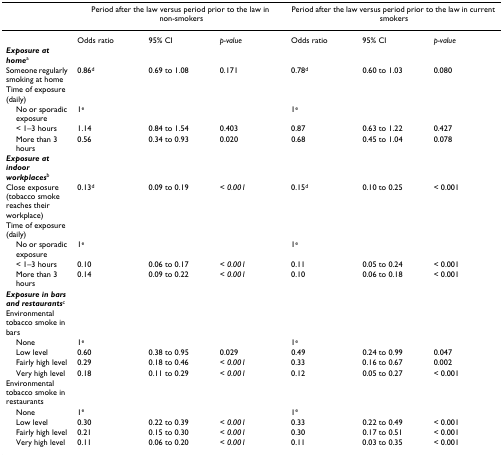
<table><thead><tr><td></td><td colspan="3"><b>Period after the law versus period prior to the law in non-smokers</b></td><td colspan="3"><b>Period after the law versus period prior to the law in current smokers</b></td></tr></thead><tbody><tr><td></td><td>Odds ratio</td><td>95% CI</td><td><i>p-value</i></td><td>Odds ratio</td><td>95% CI</td><td><i>p-value</i></td></tr><tr><td><b><i>Exposure at home</i></b><sup>a</sup></td><td></td><td></td><td></td><td></td><td></td><td></td></tr><tr><td>Someone regularly smoking at home</td><td>0.86<sup>d</sup></td><td>0.69 to 1.08</td><td>0.171</td><td>0.78<sup>d</sup></td><td>0.60 to 1.03</td><td>0.080</td></tr><tr><td>Time of exposure (daily)</td><td></td><td></td><td></td><td></td><td></td><td></td></tr><tr><td> No or sporadic exposure</td><td>1<sup>e</sup></td><td></td><td></td><td>1<sup>e</sup></td><td></td><td></td></tr><tr><td> &lt; 1–3 hours</td><td>1.14</td><td>0.84 to 1.54</td><td>0.403</td><td>0.87</td><td>0.63 to 1.22</td><td>0.427</td></tr><tr><td> More than 3 hours</td><td>0.56</td><td>0.34 to 0.93</td><td>0.020</td><td>0.68</td><td>0.45 to 1.04</td><td>0.078</td></tr><tr><td><b><i>Exposure at indoor workplaces</i></b><sup>b</sup></td><td></td><td></td><td></td><td></td><td></td><td></td></tr><tr><td>Close exposure (tobacco smoke reaches their workplace)</td><td>0.13<sup>d</sup></td><td>0.09 to 0.19</td><td><i>&lt; 0.001</i></td><td>0.15<sup>d</sup></td><td>0.10 to 0.25</td><td>&lt; 0.001</td></tr><tr><td>Time of exposure (daily)</td><td></td><td></td><td></td><td></td><td></td><td></td></tr><tr><td> No or sporadic exposure</td><td>1<sup>e</sup></td><td></td><td></td><td>1<sup>e</sup></td><td></td><td></td></tr><tr><td> &lt; 1–3 hours</td><td>0.10</td><td>0.06 to 0.17</td><td><i>&lt; 0.001</i></td><td>0.11</td><td>0.05 to 0.24</td><td>&lt; 0.001</td></tr><tr><td> More than 3 hours</td><td>0.14</td><td>0.09 to 0.22</td><td><i>&lt; 0.001</i></td><td>0.10</td><td>0.06 to 0.18</td><td>&lt; 0.001</td></tr><tr><td><b><i>Exposure in bars and restaurants</i></b><sup>c</sup></td><td></td><td></td><td></td><td></td><td></td><td></td></tr><tr><td>Environmental tobacco smoke in bars</td><td></td><td></td><td></td><td></td><td></td><td></td></tr><tr><td> None</td><td>1<sup>e</sup></td><td></td><td></td><td>1<sup>e</sup></td><td></td><td></td></tr><tr><td> Low level</td><td>0.60</td><td>0.38 to 0.95</td><td>0.029</td><td>0.49</td><td>0.24 to 0.99</td><td>0.047</td></tr><tr><td> Fairly high level</td><td>0.29</td><td>0.18 to 0.46</td><td><i>&lt; 0.001</i></td><td>0.33</td><td>0.16 to 0.67</td><td>0.002</td></tr><tr><td> Very high level</td><td>0.18</td><td>0.11 to 0.29</td><td><i>&lt; 0.001</i></td><td>0.12</td><td>0.05 to 0.27</td><td>&lt; 0.001</td></tr><tr><td>Environmental tobacco smoke in restaurants</td><td></td><td></td><td></td><td></td><td></td><td></td></tr><tr><td> None</td><td>1<sup>e</sup></td><td></td><td></td><td>1<sup>e</sup></td><td></td><td></td></tr><tr><td> Low level</td><td>0.30</td><td>0.22 to 0.39</td><td><i>&lt; 0.001</i></td><td>0.33</td><td>0.22 to 0.49</td><td>&lt; 0.001</td></tr><tr><td> Fairly high level</td><td>0.21</td><td>0.15 to 0.30</td><td><i>&lt; 0.001</i></td><td>0.30</td><td>0.17 to 0.51</td><td>&lt; 0.001</td></tr><tr><td> Very high level</td><td>0.11</td><td>0.06 to 0.20</td><td><i>&lt; 0.001</i></td><td>0.11</td><td>0.03 to 0.35</td><td>&lt; 0.001</td></tr></tbody></table>